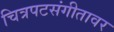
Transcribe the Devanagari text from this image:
चित्रपटसंगीतावर